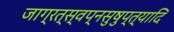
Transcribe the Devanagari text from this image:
जाग्रत्स्वप्नसुषुप्त्यादि